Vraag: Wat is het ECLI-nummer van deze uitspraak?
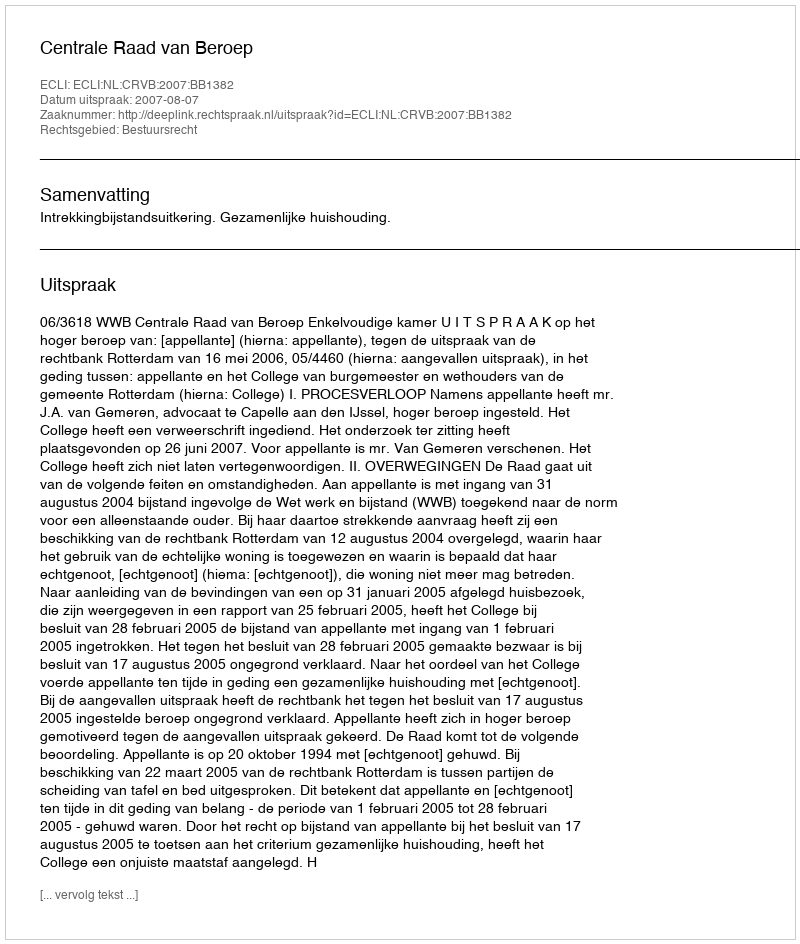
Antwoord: ECLI:NL:CRVB:2007:BB1382